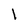
Character: l